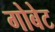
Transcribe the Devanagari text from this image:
गोबेट